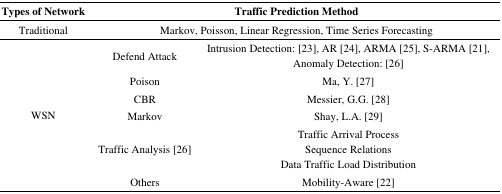
| Types of Network | <COLSPAN=2> Traffic Prediction Method |
 | --- | --- | --- |
 | Traditional | <COLSPAN=2> Markov, Poisson, Linear Regression, Time Series Forecasting |
 | <ROWSPAN=6> WSN | Defend Attack | Intrusion Detection: [23], AR [24], ARMA [25], S-ARMA [21], Anomaly Detection: [26] |
 | Poison | Ma, Y. [27] |
 | CBR | Messier, G.G. [28] |
 | Markov | Shay, L.A. [29] |
 | Traffic Analysis [26] | Traffic Arrival Process Sequence Relations Data Traffic Load Distribution |
 | Others | Mobility-Aware [22] |